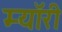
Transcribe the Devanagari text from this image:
म्यॉरी